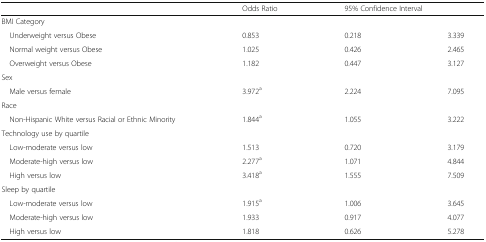
<table><thead><tr><td></td><td><b>Odds Ratio</b></td><td colspan="2"><b>95% Confidence Interval</b></td></tr></thead><tbody><tr><td colspan="4">BMI Category</td></tr><tr><td> Underweight versus Obese</td><td>0.853</td><td>0.218</td><td>3.339</td></tr><tr><td> Normal weight versus Obese</td><td>1.025</td><td>0.426</td><td>2.465</td></tr><tr><td> Overweight versus Obese</td><td>1.182</td><td>0.447</td><td>3.127</td></tr><tr><td>Sex</td><td></td><td></td><td></td></tr><tr><td> Male versus female</td><td>3.972<sup>a</sup></td><td>2.224</td><td>7.095</td></tr><tr><td>Race</td><td></td><td></td><td></td></tr><tr><td> Non-Hispanic White versus Racial or Ethnic Minority</td><td>1.844<sup>a</sup></td><td>1.055</td><td>3.222</td></tr><tr><td>Technology use by quartile</td><td></td><td></td><td></td></tr><tr><td> Low-moderate versus low</td><td>1.513</td><td>0.720</td><td>3.179</td></tr><tr><td> Moderate-high versus low</td><td>2.277<sup>a</sup></td><td>1.071</td><td>4.844</td></tr><tr><td> High versus low</td><td>3.418<sup>a</sup></td><td>1.555</td><td>7.509</td></tr><tr><td colspan="4">Sleep by quartile</td></tr><tr><td> Low-moderate versus low</td><td>1.915<sup>a</sup></td><td>1.006</td><td>3.645</td></tr><tr><td> Moderate-high versus low</td><td>1.933</td><td>0.917</td><td>4.077</td></tr><tr><td> High versus low</td><td>1.818</td><td>0.626</td><td>5.278</td></tr></tbody></table>